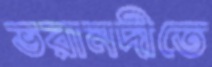
ভরানদীতে